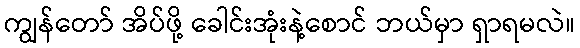
ကျွန်တော် အိပ်ဖို့ ခေါင်းအုံးနဲ့စောင် ဘယ်မှာ ရှာရမလဲ။